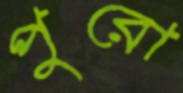
পুরো